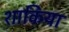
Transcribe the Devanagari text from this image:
शाकिया